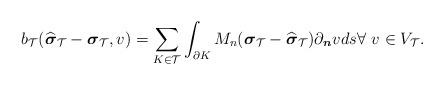
LaTeX: \begin{align*}b_{\mathcal{T}}(\widehat{\boldsymbol{\sigma}}_{\mathcal{T}}-\boldsymbol{\sigma}_{\mathcal{T}}, v)=\sum_{K\in\mathcal{T}}\int_{\partial K}M_n(\boldsymbol{\sigma}_{\mathcal{T}}-\widehat{\boldsymbol{\sigma}}_{\mathcal{T}})\partial_{\boldsymbol{n}}vds \forall~v\in V_{\mathcal{T}}.\end{align*}